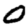
Digit: 0